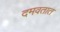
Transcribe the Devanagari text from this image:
दमवतात